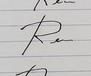
Signature authenticity: forged